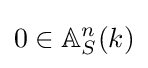
0\in \mathbb {A} _{S}^{n}(k)